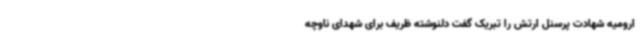
ارومیه شهادت پرسنل ارتش را تبریک گفت دلنوشته ظریف برای شهدای ناوچه